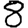
Digit: 8